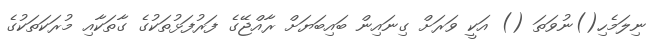
ނިލަމެހި()ނުވަތަ () އަކީ ވަރަށް ގިނައިން ބައިބަޔަށް ރާއްޖޭގެ ފަރުފަޅުތަކުގެ ގާތަކާއި މުރަކަތަކުގެ